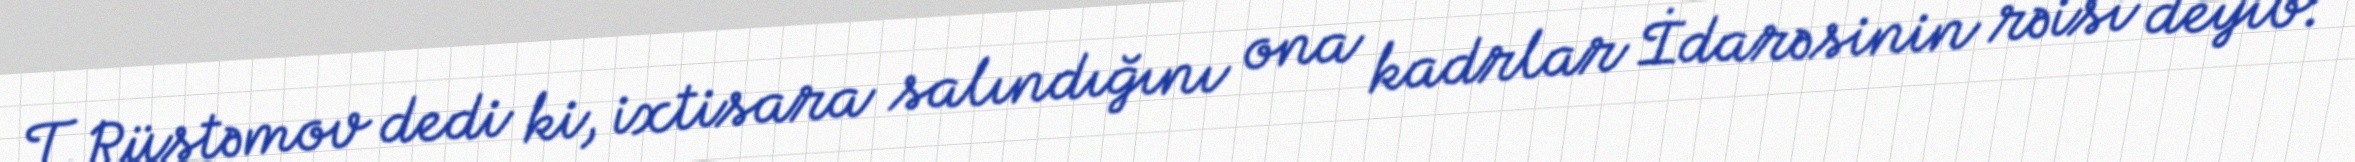
T.Rüstəmov dedi ki, ixtisara salındığını ona kadrlar İdarəsinin rəisi deyib: